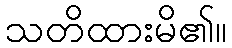
သတိထားမိ၏။